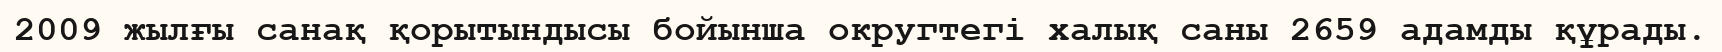
2009 жылғы санақ қорытындысы бойынша округтегі халық саны 2659 адамды құрады.